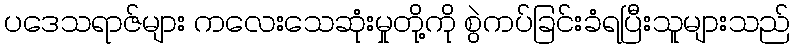
ပဒေသရာဇ်များ ကလေးသေဆုံးမှုတို့ကို စွဲကပ်ခြင်းခံရပြီးသူများသည်